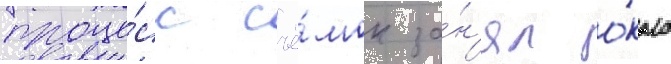
проце́сс съё́мок за́н'ял о́коло